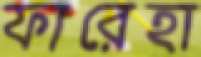
ফারেহা